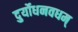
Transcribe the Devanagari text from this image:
दुर्योधनवधम्